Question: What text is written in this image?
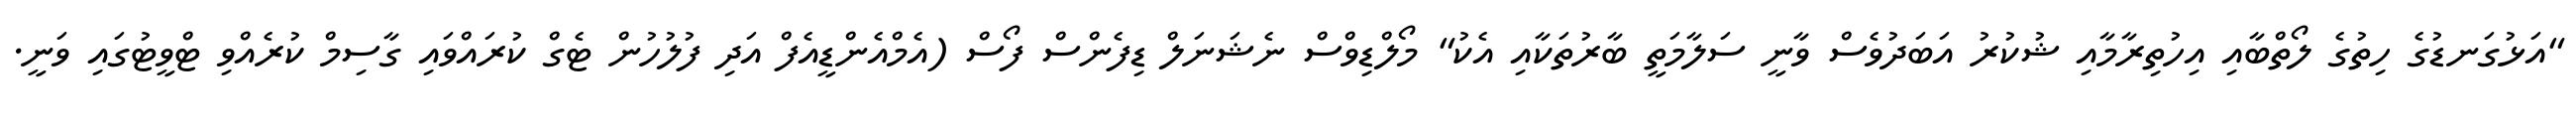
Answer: "އަޅުގަނޑުގެ ހިތުގެ ލޯތްބާއި އިހުތިރާމާއި ޝުކުރު އަބަދުވެސް ވާނީ ސަލާމަތީ ބާރުތަކާއި އެކު" މޯލްޑިވްސް ނެޝަނަލް ޑިފެންސް ފޯސް (އެމްއެންޑީއެފް އަދި ފުލުހުން ޓެގް ކުރައްވައި ގާސިމް ކުރެއްވި ޓްވީޓުގައި ވަނީ.